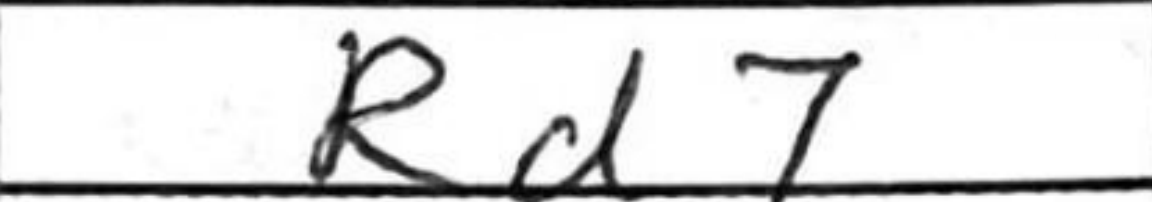
Transcription: Rd7